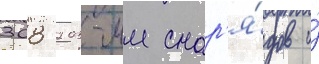
308 203-мм снар'я́дов и́